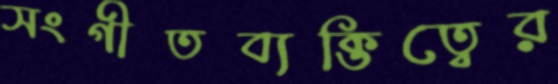
সংগীতব্যক্তিত্বের